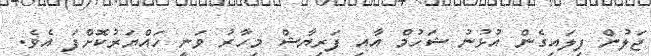
ޖަލުން ފިލައިގެން އުޅުނު ޝަހުމް އާއި ފަރިޔާޝް މިހާރު ވަނީ ހައްޔަރުކޮށްފަ އެވެ.